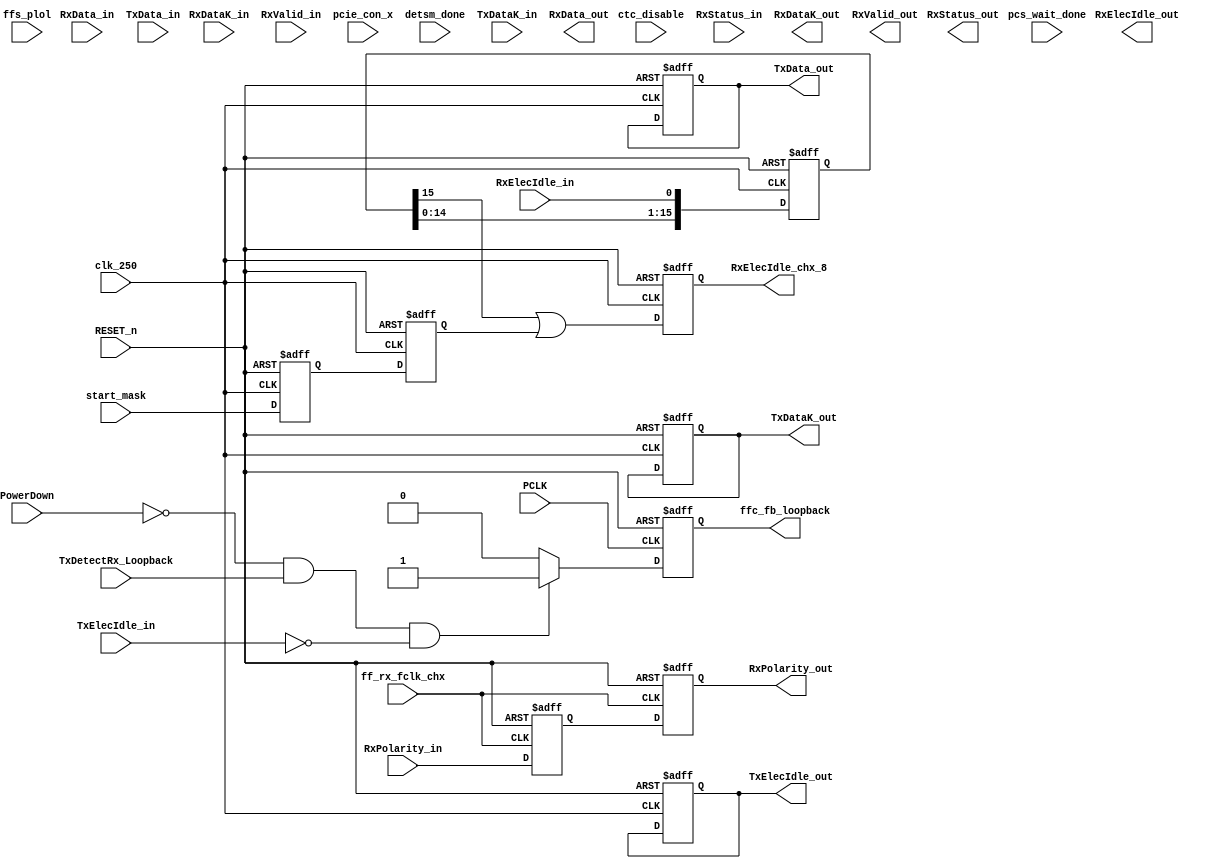

module pipe_top (
   input wire                   RESET_n, 
   input wire                   PCLK,
   input wire                   clk_250,

   input wire                   ffs_plol,
   input wire                   TxDetectRx_Loopback,
   input wire [1:0]             PowerDown,
   input wire                   ctc_disable,

   input wire                   TxElecIdle_in,

   input wire                   RxPolarity_in, 
   input wire [7:0]             RxData_in,
   input wire                   RxDataK_in, 
   input wire [2:0]             RxStatus_in,  
   input wire                   RxValid_in,
   input wire                   RxElecIdle_in,

   input wire                   ff_rx_fclk_chx, 

   //----------------- RK BEGIN ------------------------------
   input wire                   pcie_con_x,
   input wire                   pcs_wait_done,
   input wire                   start_mask,
   input wire                   detsm_done,

   output reg                   RxElecIdle_chx_8,  //Not from CTC
   //----------------- RK END --------------------------------
  
   output wire [7:0]           TxData_out,
   output wire                 TxDataK_out, 
   output wire                 TxElecIdle_out,

   output wire                 RxPolarity_out,

   `ifdef DataWidth_8    //--------- 8-bit PIPE 
      input wire [7:0]         TxData_in,
      input wire               TxDataK_in,

      output wire [7:0]        RxData_out,
      output wire              RxDataK_out, 
   `else                 //---------16-bit PIPE 
      input wire [15:0]        TxData_in,
      input wire [1:0]         TxDataK_in,

      output wire [15:0]       RxData_out,
      output wire [1:0]        RxDataK_out, 
   `endif

   output wire [2:0]           RxStatus_out,  
   output wire                 RxValid_out,
   output wire                 RxElecIdle_out,

   output reg                  ffc_fb_loopback 

  );
  
// =============================================================================
// Parameters
// =============================================================================
localparam  PCS_EDB         = 8'hFE;
localparam  PCS_COMMA       = 8'hBC;


// =============================================================================
// Wires & Regs
// =============================================================================
   wire                     ctc_skip_added;
   wire                     ctc_skip_removed;
   wire                     ctc_over_flow;
   wire                     ctc_under_flow;

   reg [7:0]                RxData_chx_reg /* synthesis syn_srlstyle="registers" */;
   reg                      RxDataK_chx_reg /* synthesis syn_srlstyle="registers" */; 
   reg                      RxValid_chx_reg /* synthesis syn_srlstyle="registers" */;
   //reg                      RxElecIdle_reg;
   reg [2:0]                RxStatus_chx_reg /* synthesis syn_srlstyle="registers" */; 

// =============================================================================
integer                   i, m;

wire [7:0]                RxData_chx_s;
wire                      RxDataK_chx_s; 
wire                      RxValid_chx_s;
wire                      RxElecIdle_chx_s;
wire [2:0]                RxStatus_chx_s; 

reg [7:0]                 TxData_chx_s /* synthesis syn_srlstyle="registers" */;
reg                       TxDataK_chx_s /* synthesis syn_srlstyle="registers" */;
`ifdef DataWidth_8    //--------- 8-bit PIPE 
   reg [7:0]              RxData_chx /* synthesis syn_srlstyle="registers" */;
   reg                    RxDataK_chx /* synthesis syn_srlstyle="registers" */;
   wire [7:0]             TxData_chx;
   wire                   TxDataK_chx;
`else                 //---------16-bit PIPE 
   reg [15:0]             RxData_chx /* synthesis syn_srlstyle="registers" */;
   reg [1:0]              RxDataK_chx /* synthesis syn_srlstyle="registers" */;
   wire [15:0]            TxData_chx;
   wire [1:0]             TxDataK_chx;
`endif

reg                       RxElecIdle_chx /* synthesis syn_srlstyle="registers" */;
reg                       RxValid_chx /* synthesis syn_srlstyle="registers" */;
reg [2:0]                 RxStatus_chx /* synthesis syn_srlstyle="registers" */;

`ifdef DataWidth_8    //--------- 8-bit PIPE 
   // COMMA alignment with RxValid Rising Edge
   wire                   comma_chx;
`endif

// CTC Outputs
wire[7:0]                 RxData_chx_8;
wire                      RxDataK_chx_8;
wire[2:0]                 RxStatus_chx_8;
//reg                       RxElecIdle_chx_8;  //Not from CTC   OUTPUT
wire                      RxValid_chx_8;

`ifdef DataWidth_16    //--------- 16-bit PIPE 
   reg                    drate_enable_tx;
   reg                    drate_enable_rx;
   reg                    PLOL_sync;
   reg                    PLOL_hclk /* synthesis syn_srlstyle="registers" */;

   // COMMA alignment with RxValid Rising Edge
   wire                   commaH_chx;
   wire                   commaL_chx;
   // RX_GEAR Outputs
   wire[27:0]             Rx_chx;
   wire [1:0]             RxDataK_chx_16;
   wire [15:0]            RxData_chx_16;
   wire [5:0]             RxStatus_chx_16;
   wire                   RxValid_chx_16;
   wire                   RxElecIdle_chx_16;
   // TX-PATH
   wire                   TxElecIdle_chx_8;
   wire[7:0]              TxData_chx_8;
   wire                   TxDataK_chx_8;
`endif

//---- X4 : Recoverd clks
//---- X1 : PLL 250 clk
`ifdef X4
   reg                    pcs_wait_done_chx_sync;
   reg                    ei_ctc_chx_sync;
   reg                    ei_ctc_chx /* synthesis syn_srlstyle="registers" */;
   wire                   chx_RESET_n;
`endif

reg                       pcs_wait_done_chx /* synthesis syn_srlstyle="registers" */;
reg                       ctc_reset_chx;


reg                       start_mask_sync;
reg                       start_mask_fclk /* synthesis syn_srlstyle="registers" */;
reg [15:0]                rxelec_ctc_delay_chx /* synthesis syn_srlstyle="registers" */;

reg [20:0]                rxvalid_delay_chx /* synthesis syn_srlstyle="registers" */;

reg                       TxElecIdle_chx_s /* synthesis syn_srlstyle="registers" */;



// =============================================================================
//-------- RX PATH INPUTS
//From SERDES (Inputs)
assign RxData_chx_s     = RxData_in;
assign RxDataK_chx_s    = RxDataK_in;
assign RxValid_chx_s    = RxValid_in;
assign RxStatus_chx_s   = RxStatus_in;
assign RxElecIdle_chx_s = RxElecIdle_in;

//--------- RX PATH OUTPUTS 
//X4 : From CTC/RX_GEAR (Outputs) TO PIPE
assign RxData_out       = RxData_chx;
assign RxDataK_out      = RxDataK_chx;
assign RxValid_out      = RxValid_chx ;
assign RxStatus_out     = RxStatus_chx;
assign RxElecIdle_out   = RxElecIdle_chx;


//-------- TX PATH INPUTS 
//From PIPE (Inputs)
assign TxData_chx       = TxData_in;
assign TxDataK_chx      = TxDataK_in;
assign TxElecIdle_chx   = TxElecIdle_in;

//-------- TX PATH OUTPUTS 
//From Input/TX_GEAR (Outputs) TO SERDES
assign TxData_out       = TxData_chx_s;
assign TxDataK_out      = TxDataK_chx_s;
assign TxElecIdle_out   = TxElecIdle_chx_s;

// =============================================================================

`ifdef X4   //X4 CTC --> Recovered clks
always @(posedge ff_rx_fclk_chx or negedge RESET_n) begin
   if(!RESET_n) begin
      pcs_wait_done_chx_sync <= 1'b0;
      pcs_wait_done_chx      <= 1'b0;
      ei_ctc_chx_sync        <= 1'b1;
      ei_ctc_chx             <= 1'b1;
      ctc_reset_chx          <= 1'b0;
   end
   else begin
      // For CTC write enable/RESET (RLOL qualified with EI)
      // RxEI should be LOW & pcs_wait_done should be HIGH for CTC 
      // to start, otherwise CTC will be held in RESET
      ctc_reset_chx          <= ~ei_ctc_chx & pcs_wait_done_chx;

      //Sync.
      // For RxValid Mask
      pcs_wait_done_chx_sync <= pcs_wait_done;
      pcs_wait_done_chx      <= pcs_wait_done_chx_sync;

      ei_ctc_chx_sync        <= RxElecIdle_chx_8;   //Masked RxElecIdle
      ei_ctc_chx             <= ei_ctc_chx_sync;
   end
end
`endif //X4
`ifdef X1   //X1 no CTC --> No Recovered clks
always @(posedge clk_250 or negedge RESET_n) begin
   if(!RESET_n) begin
      ctc_reset_chx          <= 1'b0;
      pcs_wait_done_chx      <= 1'b0;
   end
   else begin
      //No Sync is required
      ctc_reset_chx          <= ~RxElecIdle_chx_8 & pcs_wait_done_chx;
      pcs_wait_done_chx      <= pcs_wait_done;
   end
end
`endif //X1


// =============================================================================
// EI bypass CTC : Create equal delay  (250 PLL clk)
// No CDR clk when EI is HIGH
// =============================================================================
always @(posedge clk_250 or negedge RESET_n) begin
   if(!RESET_n) begin
      start_mask_sync       <= 1'b0;
      start_mask_fclk       <= 1'b0;
      RxElecIdle_chx_8      <= 1'b1;
      rxelec_ctc_delay_chx  <= 16'hFFFF;
   end
   else begin
      start_mask_sync  <= start_mask;
      start_mask_fclk  <= start_mask_sync;

      // Min. 12 : 250 clks for EI Mask
      // RxElecIdle_chx_8 is the Masked RxElecIdle siganl
      RxElecIdle_chx_8 <= rxelec_ctc_delay_chx[15] | start_mask_fclk;
      for (m= 0;m<15;m=m+1) begin
          if (m == 0) begin
             //rxelec_ctc_delay_chx[0] <= Int_RxElecIdle_chx;
             rxelec_ctc_delay_chx[0] <= RxElecIdle_chx_s;
             rxelec_ctc_delay_chx[1] <= rxelec_ctc_delay_chx[0];
          end
	  else begin
             rxelec_ctc_delay_chx[m+1] <= rxelec_ctc_delay_chx[m];
          end
      end
   end
end

// =============================================================================
//                          ====TX PATH===
//                           For X1 or X4 
// =============================================================================
always @(posedge clk_250 or negedge RESET_n) begin
   if(!RESET_n) begin
      TxData_chx_s     <= 0;
      TxDataK_chx_s    <= 0;
      TxElecIdle_chx_s <= 1'b1;
   end
   else begin  
   `ifdef DataWidth_8    //--------- 8-bit PIPE Take from PIPE --------
      TxData_chx_s     <= TxData_chx;
      TxDataK_chx_s    <= TxDataK_chx;
      TxElecIdle_chx_s <= TxElecIdle_chx;
   `endif // 8-bit
   `ifdef DataWidth_16   //---------16-bit PIPE Take from TX_GEAR -----
      TxData_chx_s     <= TxData_chx_8;
      TxDataK_chx_s    <= TxDataK_chx_8;
      TxElecIdle_chx_s <= TxElecIdle_chx_8;
   `endif // 16-bit
   end
end

// =============================================================================
//                          ====RX PATH===
//                           COMMON for X4/X1
// =============================================================================
// =============================================================================
// The RxValid_chx signal is going low early before the data comming
// out of PCS, so delay this signal
// Delayed by 21 Clocks * 4 ns = 84 ns;
// =============================================================================
wire   clk_new;
`ifdef X4
    assign clk_new = ff_rx_fclk_chx;
`endif
`ifdef X1
    assign clk_new = clk_250;
`endif
always @(posedge clk_new or negedge RESET_n) begin  //X1: clk 250   X4: Recovered clk
   if(!RESET_n) begin
      RxDataK_chx_reg     <= 1'b0;
      RxData_chx_reg      <= 8'h00;
      RxValid_chx_reg     <= 1'b0; 
      rxvalid_delay_chx   <= 0;
      RxStatus_chx_reg    <= 3'b000;
   end
   else begin  
      //X4: To CTC --- X1: To CTC Bypass 
      RxDataK_chx_reg     <= RxDataK_chx_s;
      RxData_chx_reg      <= RxData_chx_s;

      RxValid_chx_reg     <= rxvalid_delay_chx[20]; 
      RxStatus_chx_reg    <= RxStatus_chx_s;

      for (i= 0;i<20;i=i+1) begin
         if (i == 0) begin
           rxvalid_delay_chx[0] <= RxValid_chx_s & pcs_wait_done_chx;
           rxvalid_delay_chx[1] <= rxvalid_delay_chx[0];
         end
         else begin 
           rxvalid_delay_chx[i+1] <= rxvalid_delay_chx[i];
         end
      end
   end
end

// =================================================================
// RxData Input (From SERDES TO CTC )           -  8-bit PIPE
// RxData output (From CTC)                     -- 8-bit PIPE
//
// RxData Input (From SERDES TO CTC TO Rx_gear) - 16-bit PIPE
// RxData output (From Rx_gear)                 - 16-bit PIPE
// =============================================================================
`ifdef DataWidth_8    //--------- 8-bit PIPE Take from CTC ---------
   assign comma_chx = (RxDataK_chx_8 && (RxData_chx_8 == PCS_COMMA)) ? 1'b1 : 1'b0;

   always @(posedge PCLK  or negedge RESET_n) begin  //250 PLL clk
      if(!RESET_n) begin
         RxDataK_chx     <= 1'b0;
         RxData_chx      <= 8'h0;
         RxElecIdle_chx  <= 1'b1; 
         RxValid_chx     <= 1'b0; 
         RxStatus_chx    <= 3'b000;
      end
      else begin  
         RxData_chx  <= RxData_chx_8;
         RxDataK_chx <= RxDataK_chx_8;

         // RxValid Rising Edge should be with COMMA 
         if (RxValid_chx_8 && comma_chx)
            RxValid_chx     <= 1'b1;
         else if (~RxValid_chx_8)
            RxValid_chx     <= 1'b0;

         if (detsm_done) begin
            if (pcie_con_x) //No Sync. is required
               RxStatus_chx  <= 3'b011;  //DETECTED
            else
               RxStatus_chx  <= 3'b000;  //NOT DETECTED
         end
	 else begin
            RxStatus_chx  <= RxStatus_chx_8;
         end

         RxElecIdle_chx  <= RxElecIdle_chx_8; 
      end
   end
`endif  //--------- 8-bit PIPE -------------------------------------

`ifdef DataWidth_16   //---------16-bit PIPE Take from RX_GEAR -----
   assign RxData_chx_16      = {Rx_chx[27:20],Rx_chx[13:6]};
   assign RxDataK_chx_16     = {Rx_chx[19],Rx_chx[5]};
   assign RxStatus_chx_16    = {Rx_chx[18:16],Rx_chx[4:2]};
   assign RxElecIdle_chx_16  = (Rx_chx[15] | Rx_chx[1]);
   assign RxValid_chx_16     = (Rx_chx[14] | Rx_chx[0]);

   assign commaH_chx = (RxDataK_chx_16[1] && (RxData_chx_16[15:8] == PCS_COMMA)) ? 1'b1 : 1'b0;
   assign commaL_chx = (RxDataK_chx_16[0] && (RxData_chx_16[7:0]  == PCS_COMMA)) ? 1'b1 : 1'b0;

   always @(posedge PCLK  or negedge RESET_n) begin    //125 PLL clk
      if(!RESET_n) begin
         RxDataK_chx     <= 2'b0;
         RxData_chx      <= 16'h0;
         RxElecIdle_chx  <= 1'b1; 
         RxValid_chx     <= 1'b0; 
         RxStatus_chx    <= 3'b000;
      end
      else begin  
         RxData_chx  <= RxData_chx_16;
         RxDataK_chx <= RxDataK_chx_16;

         // RxValid Rising Edge should be with COMMA 
         if (RxValid_chx_16 && (commaH_chx || commaL_chx))
            RxValid_chx     <= 1'b1;
         else if (~RxValid_chx_16)
            RxValid_chx     <= 1'b0;

         if (detsm_done) begin
            if (pcie_con_x) //No Sync. is required
               RxStatus_chx  <= 3'b011;  //DETECTED
            else
               RxStatus_chx  <= 3'b000;  //NOT DETECTED
         end
	 else begin
	    if((RxStatus_chx_16[2:0] == 3'b001) || (RxStatus_chx_16[5:3] == 3'b001))
               RxStatus_chx  <= 3'b001; //SKIP added
	    else if((RxStatus_chx_16[2:0] == 3'b010) || (RxStatus_chx_16[5:3] == 3'b010))
               RxStatus_chx  <= 3'b010; //SKIP deleted
            else
               RxStatus_chx  <= 3'b000;
         end

         RxElecIdle_chx  <= RxElecIdle_chx_16; 
      end
   end

`endif  //---------16-bit PIPE -------------------------------------


// =================================================================
// CTC instantiation only for X4 
// =================================================================

`ifdef X4    //X4  8-bit/16-bit
   //Both should be HIGH for CTC to start
   assign chx_RESET_n = RESET_n & ctc_reset_chx; 

   ctc u0_ctc
      (
      //------- Inputs 
      .rst_n                  (chx_RESET_n),          
      .clk_in                 (ff_rx_fclk_chx),           
      .clk_out                (clk_250),         
      .ctc_disable            (ctc_disable),         
      .data_in                (RxData_chx_reg),        
      .kcntl_in               (RxDataK_chx_reg),        
      .status_in              (RxStatus_chx_reg),       
      .lanesync_in            (RxValid_chx_reg),

      //------- Outputs 
      .ctc_read_enable        (),
      .ctc_skip_added         (ctc_skip_added),     
      .ctc_skip_removed       (ctc_skip_removed),  
      .ctc_data_out           (RxData_chx_8),        
      .ctc_kcntl_out          (RxDataK_chx_8),        
      .ctc_status_out         (RxStatus_chx_8),       
      .ctc_lanesync_out       (RxValid_chx_8),
      .ctc_under_flow         (ctc_under_flow),  
      .ctc_over_flow          (ctc_over_flow)
    );

`else  //X1 8-bit/16-bit : Pass the Data as it is (bypass CTC)  

   assign RxData_chx_8    = (ctc_reset_chx) ? RxData_chx_reg : 0;
   assign RxDataK_chx_8   = (ctc_reset_chx) ? RxDataK_chx_reg : 0;
   assign RxStatus_chx_8  = (ctc_reset_chx) ? RxStatus_chx_reg : 0;
   assign RxValid_chx_8   = (ctc_reset_chx) ? RxValid_chx_reg : 0;

`endif // X4

// =============================================================================
// Rxdata : From CTC --> Rx_gear   -- 16-bit PIPE  -- X4/X1
// =============================================================================
`ifdef DataWidth_16   //---------16-bit PIPE RX/TX_GEAR ------------

   // ==========================================================================
   // Generating drate_enable_rx for rx_gear -- 125 Mhz clk
   // ==========================================================================
   always @(posedge PCLK or negedge RESET_n) begin
      if(!RESET_n) begin
         drate_enable_rx  <= 1'b0;
         PLOL_sync        <= 1'b1;
         PLOL_hclk        <= 1'b1;
      end
      else begin
         // Sync.
         PLOL_sync <= ffs_plol;
         PLOL_hclk <= PLOL_sync;
   
         if(PLOL_hclk == 1'b1) //No lock
            drate_enable_rx <= 1'b0;
         else // Enable required for RxElecIdle passing
            drate_enable_rx <= 1'b1;
   
      end
   end

   // ==========================================================================
   // Generating drate_enable_tx for tx_gear -- 125 Mhz clk
   // ==========================================================================
   always @(posedge PCLK or negedge RESET_n) begin
      if(!RESET_n) begin
         drate_enable_tx  <= 1'b0;
      end
      else begin
   
         if(PLOL_hclk == 1'b1) //No lock
            drate_enable_tx <= 1'b0;
         else if (detsm_done == 1'b1) // detection is done
            drate_enable_tx <= 1'b1;
      end
   end

   // convert 8 bit data to 16 bits  ----RX_GEAR
   rx_gear #( .GWIDTH(14)) u1_rx_gear   (
      // Clock and Reset
      .clk_125        ( PCLK ),
      .clk_250        ( clk_250 ),
      .rst_n          ( RESET_n ),
      // Inputs
      .drate_enable    (drate_enable_rx),
      .data_in        ({RxData_chx_8,RxDataK_chx_8,RxStatus_chx_8,RxElecIdle_chx_8,RxValid_chx_8}),
      // Outputs
      .data_out       (Rx_chx )
     ); 

   // convert 16 bit data to 8 bits ----TX_GEAR
   tx_gear #( .GWIDTH(20)) u1_tx_gear ( 
      // Clock and Reset  
      .clk_125        ( PCLK ),
      .clk_250        ( clk_250 ),
      .rst_n          ( RESET_n ),
      // Inputs
      .drate_enable   (drate_enable_tx ),
      .data_in        ( {TxElecIdle_chx,TxData_chx[15:8],TxDataK_chx[1],TxElecIdle_chx,TxData_chx[7:0],TxDataK_chx[0]}),
      // Outputs
      .data_out       ( {TxElecIdle_chx_8,TxData_chx_8,TxDataK_chx_8} )
      );

`endif  //---------16-bit PIPE -------------------------------------



// =============================================================================
//Assert slave loopback as long as TxDetectRx_Loopback is asserted by FPGA side
//when Serdes is in normal mode and TxElecIdle_ch0 is inactive.
// =============================================================================
always @(posedge PCLK or negedge RESET_n) begin
   if(!RESET_n) begin
      ffc_fb_loopback <= 1'b0;
   end
   else begin  
      ffc_fb_loopback <= ((PowerDown == 2'b00) & TxDetectRx_Loopback & !TxElecIdle_chx) ? 1'b1: 1'b0;
   end
end

// =============================================================================
// synchronize RxPolarity signal to RX recovered clock  (all modes)
// =============================================================================
reg sync1_RxPolarity ;
reg sync2_RxPolarity  /* synthesis syn_srlstyle="registers" */;
always @(posedge ff_rx_fclk_chx or negedge RESET_n) begin
   if(!RESET_n) begin
      sync1_RxPolarity <= 'h0;
      sync2_RxPolarity <= 'h0;
   end
   else begin
      sync1_RxPolarity <= RxPolarity_in ;
      sync2_RxPolarity <= sync1_RxPolarity ;
   end
end
assign RxPolarity_out = sync2_RxPolarity ;


endmodule
// =============================================================================